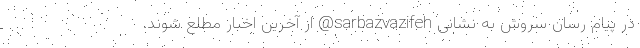
در پیام رسان سروش به نشانی sarbazvazifeh@ از آخرین اخبار مطلع شوند.